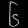
Digit: ၆